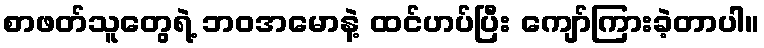
စာဖတ်သူတွေရဲ့ ဘဝအမောနဲ့ ထင်ဟပ်ပြီး ကျော်ကြားခဲ့တာပါ။